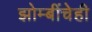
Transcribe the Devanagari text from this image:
झोम्बींचेही